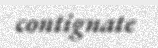
contignate